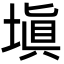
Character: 塡